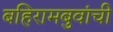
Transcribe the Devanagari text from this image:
बहिरामबुवांची